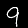
Label: 9